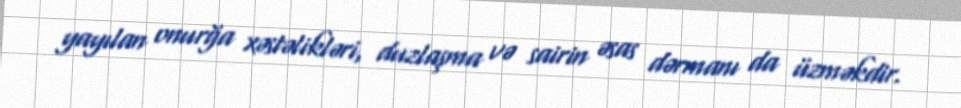
yayılan onurğa xəstəlikləri, duzlaşma və sairin əsas dərmanı da üzməkdir.